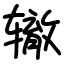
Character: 辙